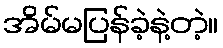
အိမ်မပြန်ခဲ့နဲ့တဲ့။